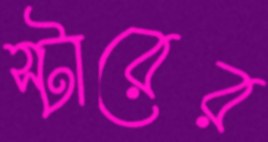
স্টারের